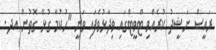
ރައީސް ނަޝީދު ކުރެއްވި ޓްވީޓްގައި ވިދާޅުވެފައި ވަނީ "ހުކުމާ ގުޅޭ ގޮތުން އދ.